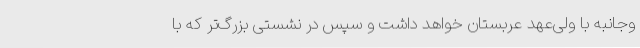
وجانبه با ولی‌عهد عربستان خواهد داشت و سپس در نشستی بزرگ‌تر که با